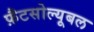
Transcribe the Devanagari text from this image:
फ़ैटसोल्यूबल